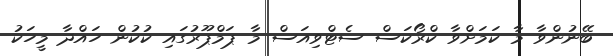
ބޭނުންވާ މާ ކަމަށްވާ ކްރޯކަސް ސެޓްވިއަސް މާ ޕަމްޕޫރުގައި ކުކުން ހައްދާ މީހަކު